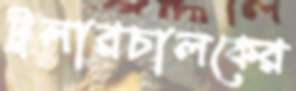
ট্রলারচালকের